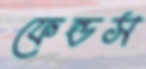
ফেন্ডস